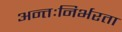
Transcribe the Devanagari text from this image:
अन्तःनिर्भरता